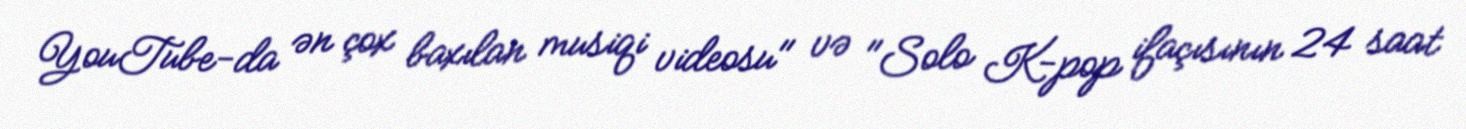
YouTube-da ən çox baxılan musiqi videosu" və "Solo K-pop ifaçısının 24 saat